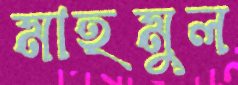
মাহমুল